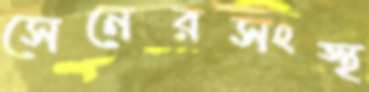
সেনেরসংস্থ